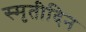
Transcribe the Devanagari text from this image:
स्मृतीदिन